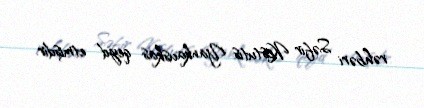
rəhbəri Səfir Kestutis Yankauskas qeyd etmişdir.